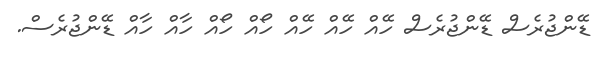
ޑޭންޖުރެސް ޑޭންޖުރެސް ހޭއް ހޭއް ހޭއް ހޯއް ހޯއް ހާއް ހާއް ޑޭންޖުރެސް.